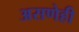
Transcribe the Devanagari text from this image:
असणेही